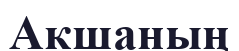
Акшаның